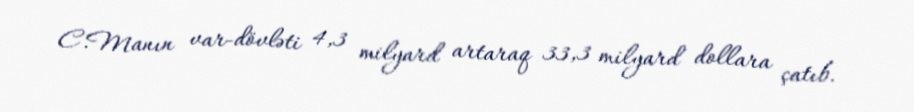
C.Manın var-dövləti 4,3 milyard artaraq 33,3 milyard dollara çatıb.